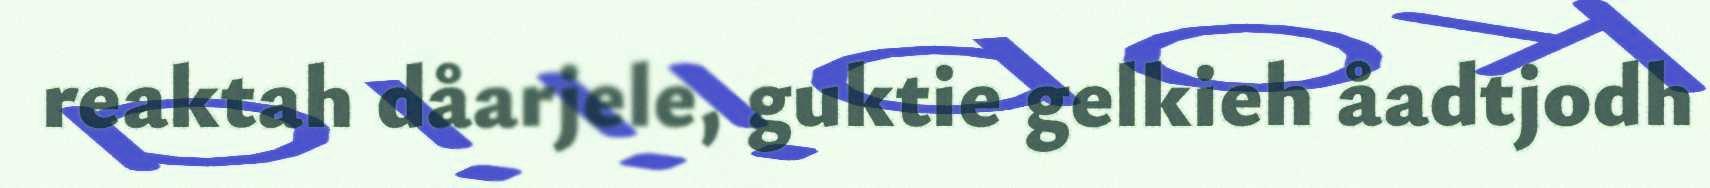
reaktah dåarjele, guktie gelkieh åadtjodh